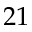
2 1